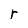
Character: r